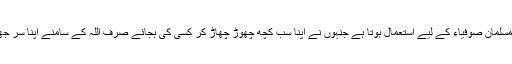
فقیر مسلمان صوفیاء کے لیے استعمال ہوتا ہے جنہوں نے اپنا سب کچھ چھوڑ چھاڑ کر کسی کی بجائے صرف اللہ کے سامنے اپنا سر جھکایا۔